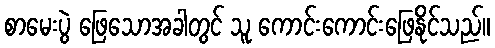
စာမေးပွဲ ဖြေသောအခါတွင် သူ ကောင်းကောင်းဖြေနိုင်သည်။